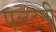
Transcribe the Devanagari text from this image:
पलटनी